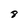
Character: 8